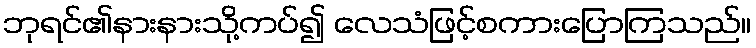
ဘုရင်၏နားနားသို့ကပ်၍ လေသံဖြင့်စကားပြောကြသည်။